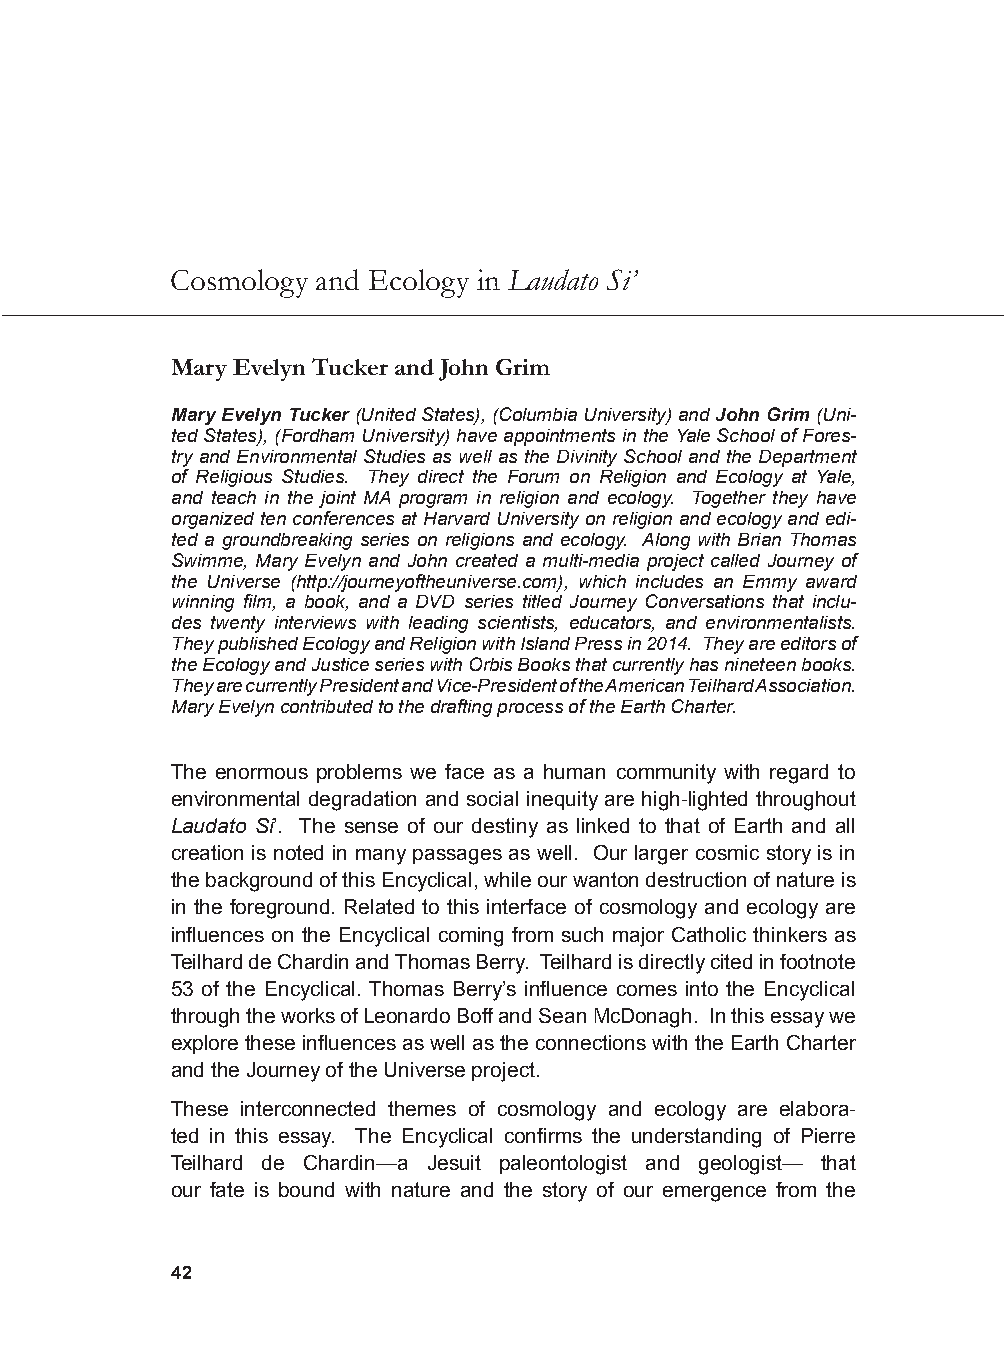
Cosmology and Ecology in Laudato Si’
 Mary Evelyn Tucker and John Grim
 Mary Evelyn Tucker (United States), (Columbia University) and John Grim (Uni-
 ted States), (Fordham University) have appointments in the Yale School of Fores-
 try and Environmental Studies as well as the Divinity School and the Department
 of Religious Studies. They direct the Forum on Religion and Ecology at Yale,
 and teach in the joint MA program in religion and ecology. Together they have
 organized ten conferences at Harvard University on religion and ecology and edi-
 ted a groundbreaking series on religions and ecology. Along with Brian Thomas
 Swimme, Mary Evelyn and John created a multi-media project called Journey of
 the Universe (http://journeyoftheuniverse.com), which includes an Emmy award
 winning film, a book, and a DVD series titled Journey Conversations that inclu-
 des twenty interviews with leading scientists, educators, and environmentalists.
 They published Ecology and Religion with Island Press in 2014. They are editors of
 the Ecology and Justice series with Orbis Books that currently has nineteen books.
 They are currently President and Vice-President of the American Teilhard Association.
 Mary Evelyn contributed to the drafting process of the Earth Charter.
 The enormous problems we face as a human community with regard to
 environmental degradation and social inequity are high-lighted throughout
 Laudato Si’. The sense of our destiny as linked to that of Earth and all
 creation is noted in many passages as well. Our larger cosmic story is in
 the background of this Encyclical, while our wanton destruction of nature is
 in the foreground. Related to this interface of cosmology and ecology are
 influences on the Encyclical coming from such major Catholic thinkers as
 Teilhard de Chardin and Thomas Berry. Teilhard is directly cited in footnote
 53 of the Encyclical. Thomas Berry’s influence comes into the Encyclical
 through the works of Leonardo Boff and Sean McDonagh. In this essay we
 explore these influences as well as the connections with the Earth Charter
 and the Journey of the Universe project.
 These interconnected themes of cosmology and ecology are elabora-
 ted in this essay. The Encyclical confirms the understanding of Pierre
 Teilhard de Chardin—a Jesuit paleontologist and geologist— that
 our fate is bound with nature and the story of our emergence from the
 42